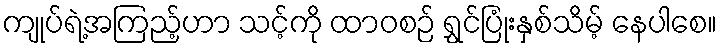
ကျုပ်ရဲ့အကြည့်ဟာ သင့်ကို ထာဝစဉ် ရွှင်ပြုံးနှစ်သိမ့် နေပါစေ။